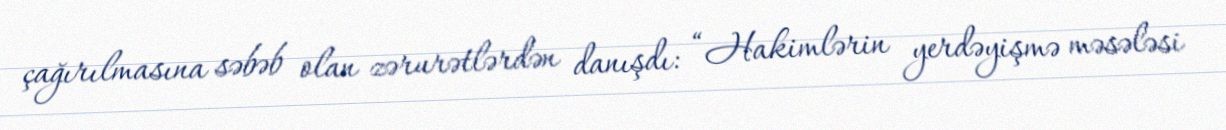
çağırılmasına səbəb olan zərurətlərdən danışdı: “Hakimlərin yerdəyişmə məsələsi